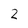
Character: 2